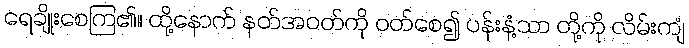
ရေချိုးစေကြ၏။ ထို့နောက် နတ်အဝတ်ကို ဝတ်စေ၍ ပန်းနံ့သာ တို့ကို လိမ်းကျံ